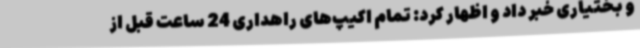
و بختیاری خبر داد و اظهار کرد: تمام اکیپ‌های راهداری 24 ساعت قبل از